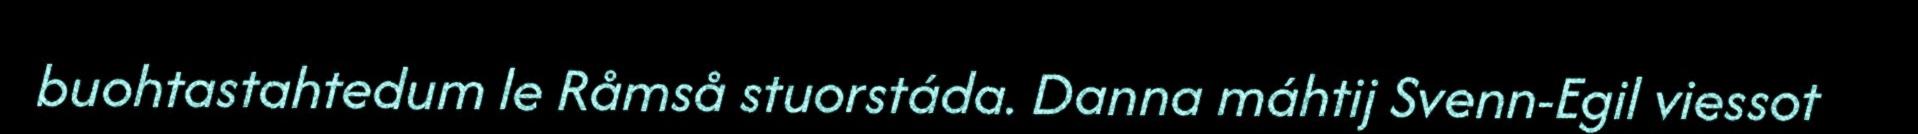
buohtastahtedum le Råmså stuorstáda. Danna máhtij Svenn-Egil viessot